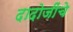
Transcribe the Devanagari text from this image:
दादोजींचे